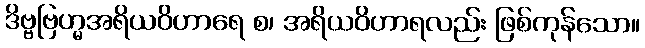
ဒိဗ္ဗဗြဟ္မအရိယဝိဟာရေ စ၊ အရိယဝိဟာရလည်း ဖြစ်ကုန်သော။